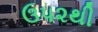
ઉપ૨થી